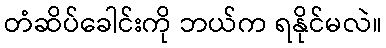
တံဆိပ်ခေါင်းကို ဘယ်က ရနိုင်မလဲ။